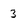
Character: 3